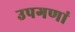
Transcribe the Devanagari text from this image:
उपगणां